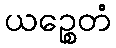
ယဉ္စေတံ